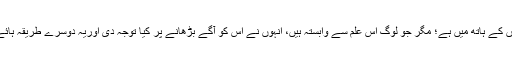
طب یونانی سیکڑوں سال سے مسلمانوں کے ہاتھ میں ہے؛ مگر جو لوگ اس علم سے وابستہ ہیں، انہوں نے اس کو آگے بڑھانے پر کیا توجہ دی اوریہ دوسرے طریقہ ہائے علاج کے مقابلہ کیوں پیچھے ہوگیا؟